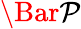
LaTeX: \mathcal{\Bar{P}}